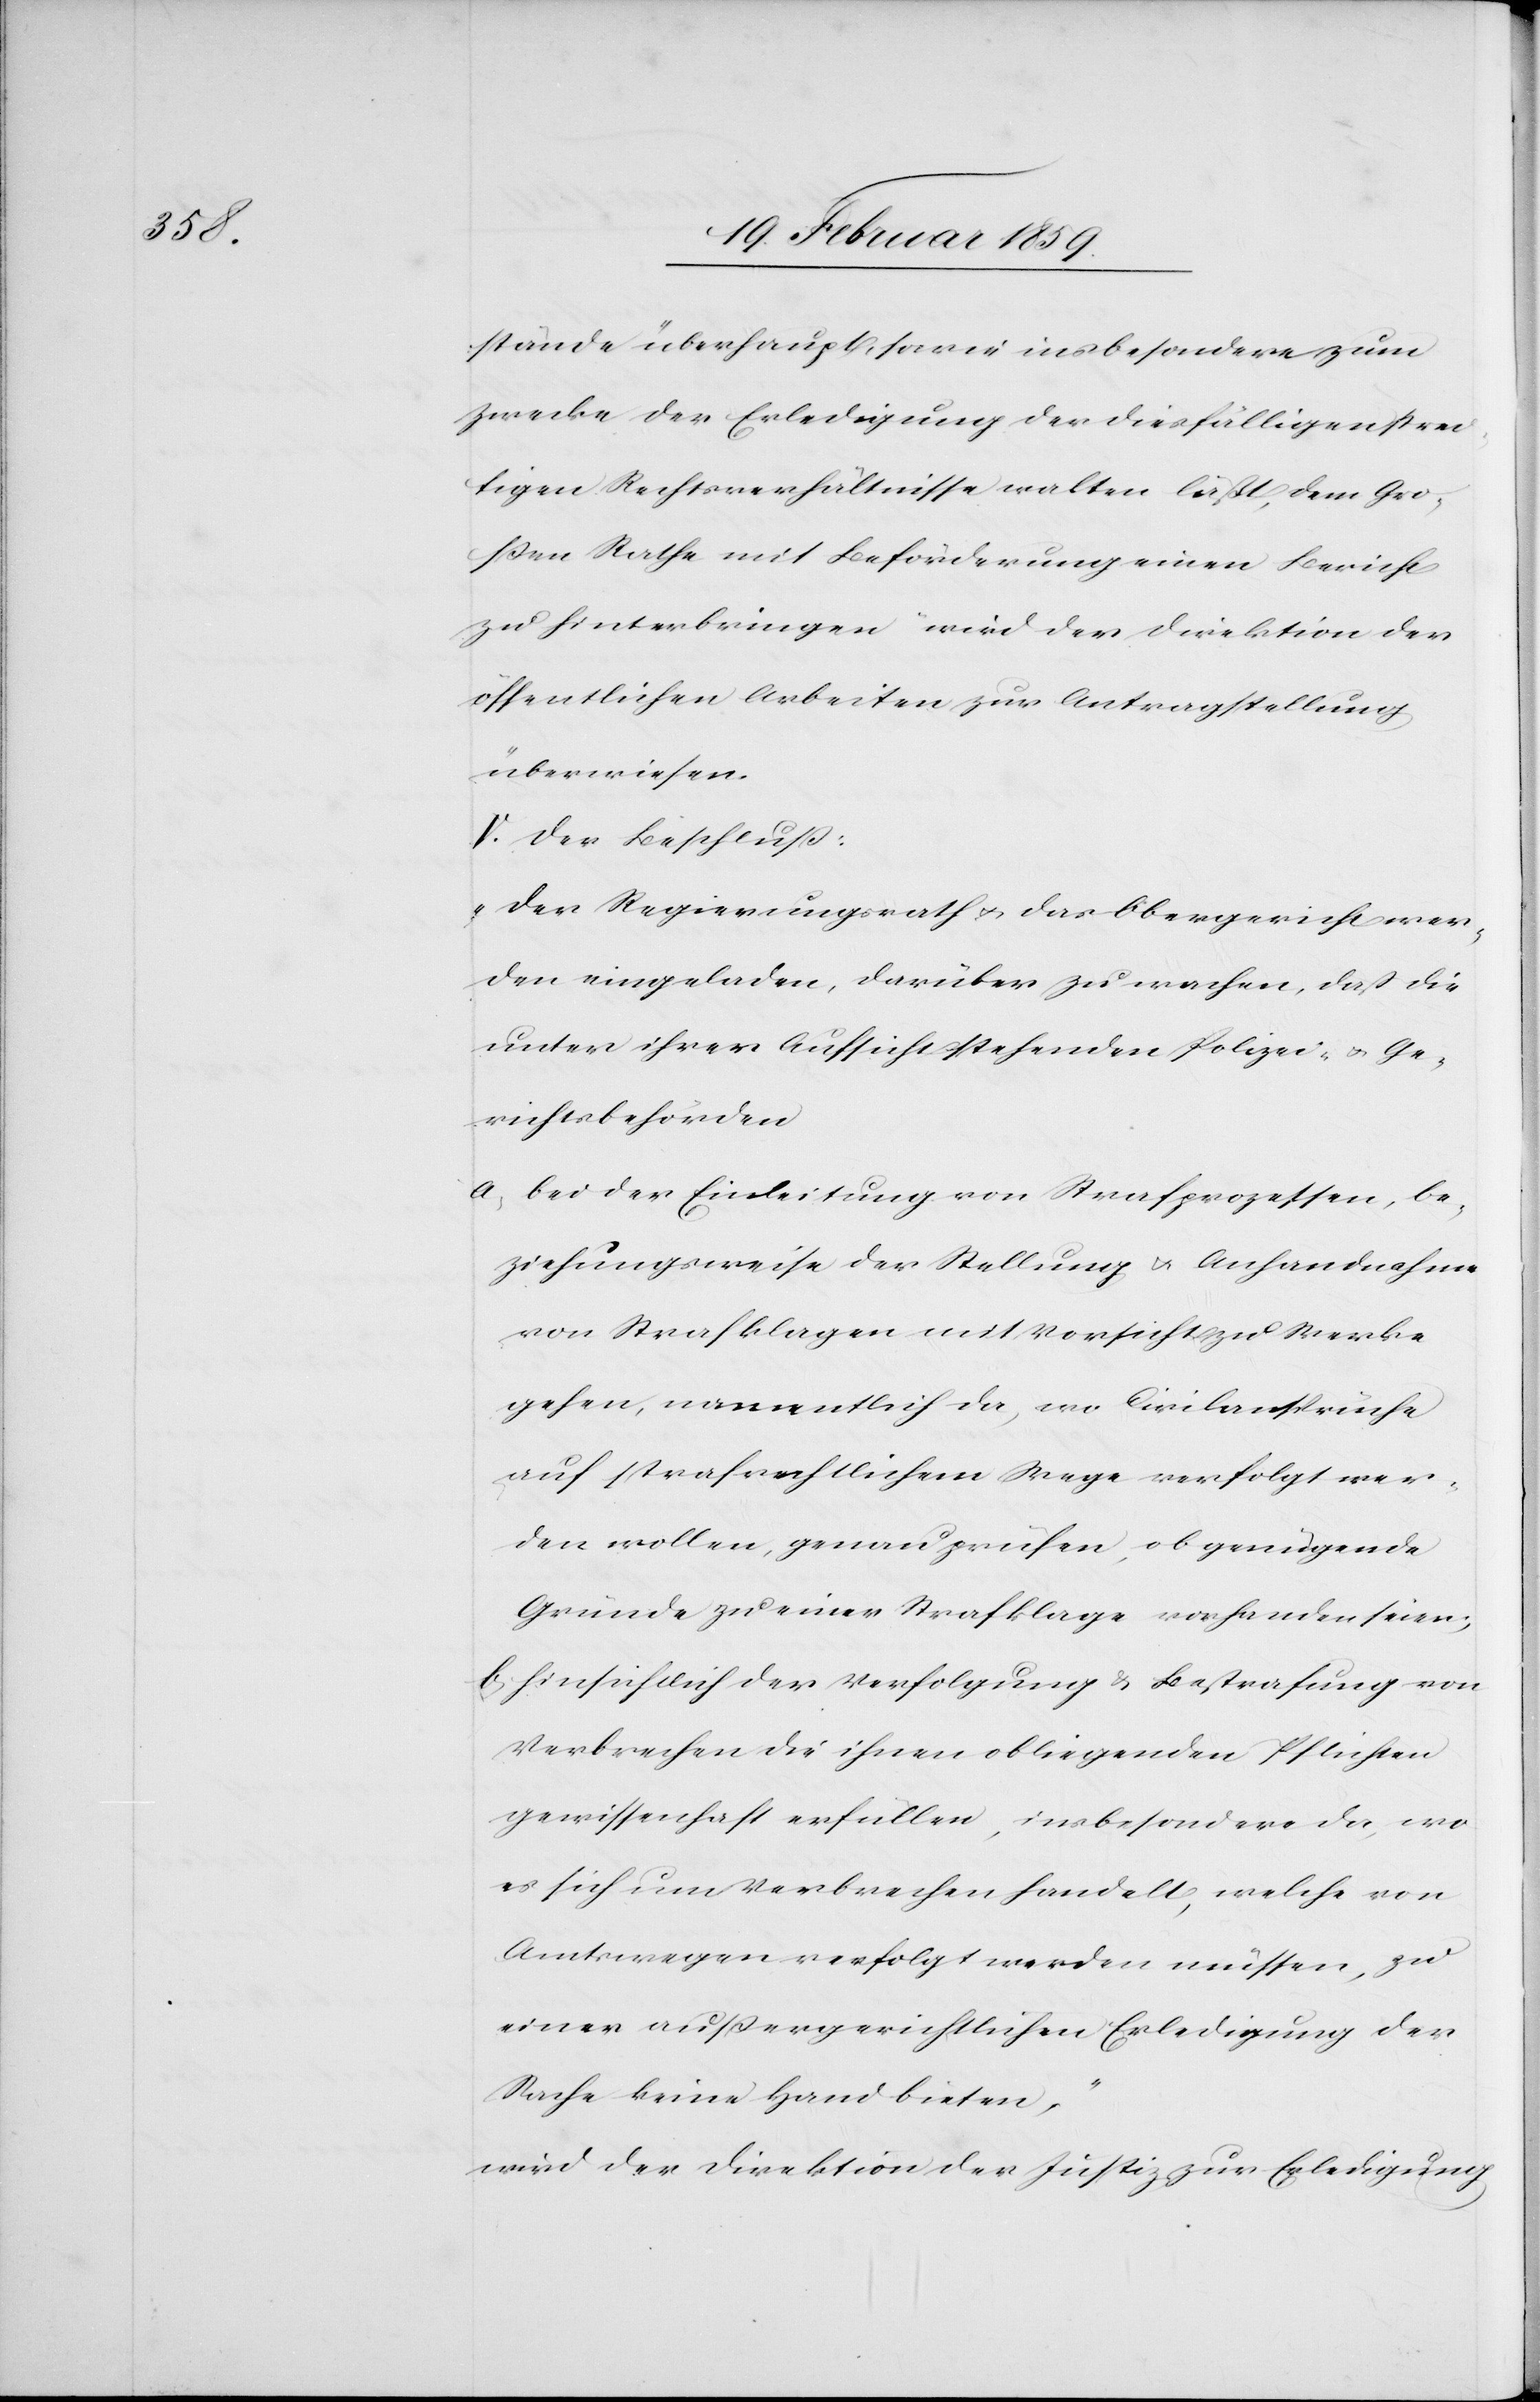
stände überhaupt, sowie insbesondere zum
Zwecke der Erledigung der diesfälligen strei¬
tigen Rechtsverhältnisse walten läßt, dem Gro¬
ßen Rathe mit Beförderung einen Bericht
zu hinterbringen“ wird der Direktion der
öffentlichen Arbeiten zur Antragstellung
überwiesen.
V. Der Beschluß:
„Der Regierungsrath u. das Obergericht wer¬
den eingeladen, darüber zu wachen, daß die
unter ihrer Aufsicht stehenden Polizei- u. Ge¬
richtsbehörden
a) bei der Einleitung von Strafprozessen, be¬
ziehungsweise der Stellung u. Anhandnahme
von Strafklagen mit Vorsicht zu Werke
gehen, namentlich da, wo Civilansprüche
auf strafrechtlichem Wege verfolgt wer¬
den wollen, genau zu prüfen, ob genügende
Gründe zu einer Strafklage vorhanden seien;
b) hinsichtlich der Verfolgung & Bestrafung von
Verbrechen die ihnen obliegenden Pflichten
gewissenhaft erfüllen, insbesondere da, wo
es sich um Verbrechen handelt, welche von
Amtswegen verfolgt werden müssen, zu
einer außergerichtlichen Erledigung der
Sache keine Hand bieten,“
wird der Direktion der Justiz zur Erledigung